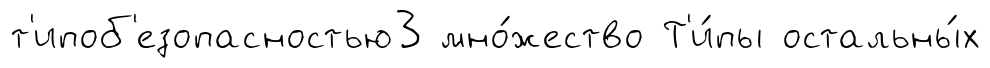
т'ипоб'езопасностью3 мно́жество Т'и́пы остальны́х